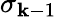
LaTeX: \sigma_{\mathbf{k}-1}